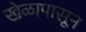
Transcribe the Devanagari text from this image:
खेळापासून